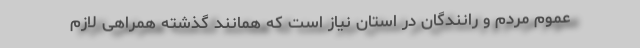
عموم مردم و رانندگان در استان نیاز است که همانند گذشته همراهی لازم